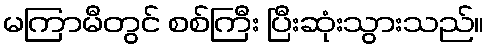
မကြာမီတွင် စစ်ကြီး ပြီးဆုံးသွားသည်။